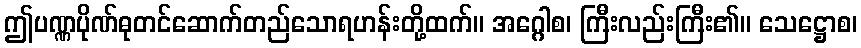
ဤပဏ္ဏပိုဏ်ဓုတင်ဆောက်တည်သောရဟန်းတို့ထက်။ အဂ္ဂေါစ၊ ကြီးလည်းကြီး၏။ သေဋ္ဌောစ၊